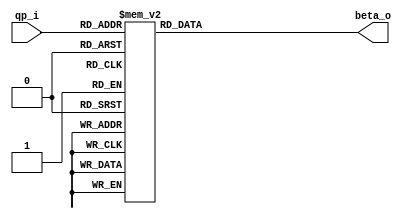
module db_lut_beta( qp_i, beta_o );

input [5:0] qp_i;

output [6:0] beta_o; 
reg    [6:0] beta_o;

always @(qp_i) begin
    case(qp_i)
        'd16: beta_o  =  7'd6 ;
        'd17: beta_o  =  7'd7 ;
        'd18: beta_o  =  7'd8 ;
        'd19: beta_o  =  7'd9 ;
        'd20: beta_o  =  7'd10;
        'd21: beta_o  =  7'd11;
        'd22: beta_o  =  7'd12;
        'd23: beta_o  =  7'd13;
        'd24: beta_o  =  7'd14;
        'd25: beta_o  =  7'd15;
        'd26: beta_o  =  7'd16;
        'd27: beta_o  =  7'd17;
        'd28: beta_o  =  7'd18;
        'd29: beta_o  =  7'd20;     
        'd30: beta_o  =  7'd22;
        'd31: beta_o  =  7'd24;
        'd32: beta_o  =  7'd26;
        'd33: beta_o  =  7'd28;
        'd34: beta_o  =  7'd30;
        'd35: beta_o  =  7'd32;
        'd36: beta_o  =  7'd34;
        'd37: beta_o  =  7'd36;
        'd38: beta_o  =  7'd38;
        'd39: beta_o  =  7'd40;     
        'd40: beta_o  =  7'd42;
        'd41: beta_o  =  7'd44;
        'd42: beta_o  =  7'd46;
        'd43: beta_o  =  7'd48;
        'd44: beta_o  =  7'd50;
        'd45: beta_o  =  7'd52;
        'd46: beta_o  =  7'd54;
        'd47: beta_o  =  7'd56;
        'd48: beta_o  =  7'd58;
        'd49:beta_o   =  7'd60;
        'd50: beta_o  =  7'd62;
        'd51:beta_o   =  7'd64;
      default: beta_o =  7'd0 ;
    endcase     
end

endmodule